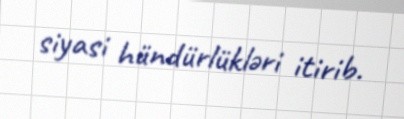
siyasi hündürlükləri itirib.